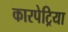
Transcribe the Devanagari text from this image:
कारपेट्रिया